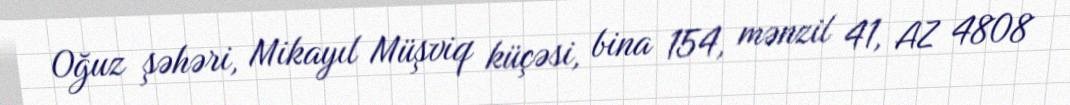
Oğuz şəhəri, Mikayıl Müşviq küçəsi, bina 154, mənzil 41, AZ 4808